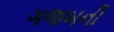
ગજબની